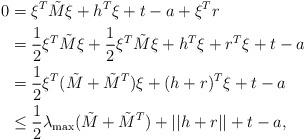
LaTeX: \begin{align*} 0 &= \xi^T\tilde M \xi + h^T\xi +t- a + \xi^Tr \\ &= \frac{1}{2} \xi^T \tilde{M} \xi + \frac{1}{2} \xi^T \tilde{M} \xi + h^T \xi + r^T \xi + t-a \\ &= \frac{1}{2}\xi^T(\tilde M + \tilde M^T)\xi + (h+r)^T\xi+t - a \\ &\leq \frac{1}{2}\lambda_{\max}(\tilde M + \tilde M^T) + || h+r||+t - a, \end{align*}